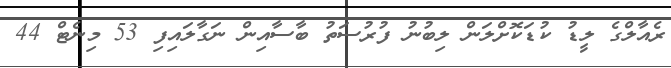
ރެއާލްގެ ލީޑު ކުޑަކޮށްލަން ލިބުނު ފުރުސަތު ބާސާއިން ނަގާލައިފި 53 މިނެޓް 44